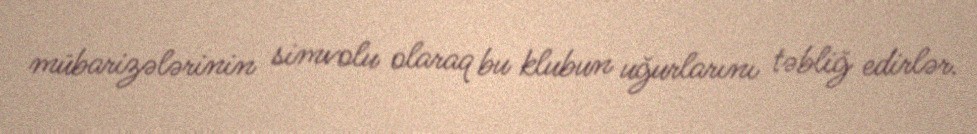
mübarizələrinin simvolu olaraq bu klubun uğurlarını təbliğ edirlər.